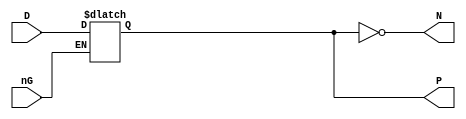
`timescale 1ns/1ns

module LT4(
	input nG,
	input [3:0] D,
	output reg [3:0] P = 4'd0,
	output [3:0] N
);

	always @(*)
	begin
		if (!nG)
			P <= #1 D;			// Latch
	end
	
	assign N = ~P;

endmodule